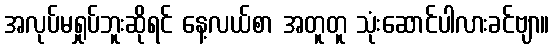
အလုပ်မရှုပ်ဘူးဆိုရင် နေ့လယ်စာ အတူတူ သုံးဆောင်ပါလားခင်ဗျာ။